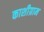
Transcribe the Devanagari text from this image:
काशीग्राम